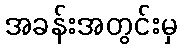
အခန်းအတွင်းမှ